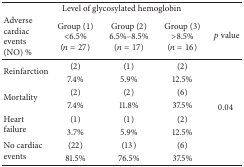
<table><thead><tr><td colspan="5"><b> Level of glycosylated hemoglobin</b></td></tr><tr><td><b>Adverse cardiac events (NO) % </b></td><td><b>Group (1)&lt;6.5% (<i>n</i> = 27)</b></td><td><b>Group (2)6.5%–8.5%(<i>n</i> = 17)</b></td><td><b>Group (3)&gt;8.5%(<i>n</i> = 16)</b></td><td><b><i>p</i> value</b></td></tr></thead><tbody><tr><td rowspan="2">Reinfarction </td><td>(2)</td><td>(1)</td><td>(2)</td><td rowspan="8">0.04 </td></tr><tr><td>7.4%</td><td>5.9%</td><td>12.5%</td></tr><tr><td rowspan="2">Mortality </td><td>(2)</td><td>(2)</td><td>(6)</td></tr><tr><td>7.4%</td><td>11.8%</td><td>37.5%</td></tr><tr><td rowspan="2">Heart failure </td><td>(1)</td><td>(1)</td><td>(2)</td></tr><tr><td>3.7%</td><td>5.9%</td><td>12.5%</td></tr><tr><td rowspan="2">No cardiac events </td><td>(22)</td><td>(13)</td><td>(6)</td></tr><tr><td>81.5%</td><td>76.5%</td><td>37.5%</td></tr></tbody></table>